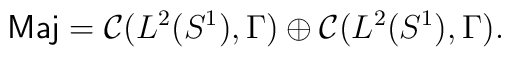
\mbox{\sf Maj}= {\cal C}(L^2(S^1),\Gamma) \oplus{\cal C}(L^2(S^1),\Gamma).